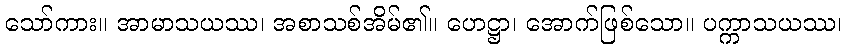
သော်ကား။ အာမာသယဿ၊ အစာသစ်အိမ်၏။ ဟေဋ္ဌာ၊ အောက်ဖြစ်သော။ ပက္ကာသယဿ၊